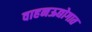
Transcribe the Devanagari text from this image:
वाहनऊद्योगात